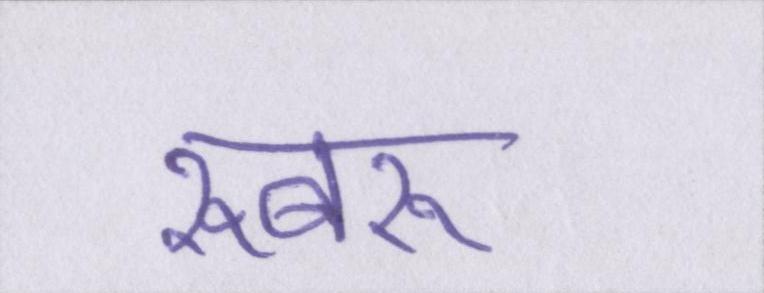
रूबरू